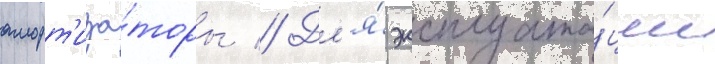
аморт'иза́торы // Дл'я́ эксплуата́ции